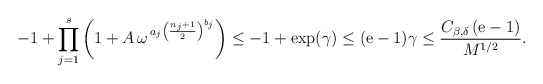
\begin{align*}-1 + \prod_{j=1}^s \left(1 +A\,\omega^{\,a_j\left(\frac{n_j+1}{2}\right)^{b_j}}\right) \le -1+\exp(\gamma)\le (\mathrm{e}-1)\gamma\le\frac{C_{\beta,\delta}\,(\mathrm{e}-1)}{M^{1/2}}.\end{align*}